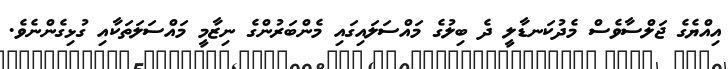
އިއްޔެގެ ޖަލްސާވެސް މެދުކަނޑާލީ ދެ ބިލުގެ މައްސަލައިގައި މެންބަރުންގެ ނިޒާމީ މައްސަލަތަކާއި ގުޅިގެންނެވެ.